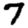
Digit: 7